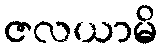
ဇလယာမိ